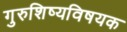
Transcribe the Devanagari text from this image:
गुरुशिष्यविषयक